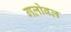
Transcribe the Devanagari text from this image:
गलोबल